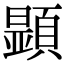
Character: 𩔰